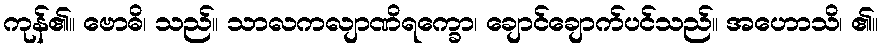
ကုန်၏။ ဗောဓိ၊ သည်။ သာလကလျာဏိရက္ခော၊ ချောင်ချောက်ပင်သည်။ အဟောသိ၊ ၏။